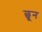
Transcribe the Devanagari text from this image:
छून